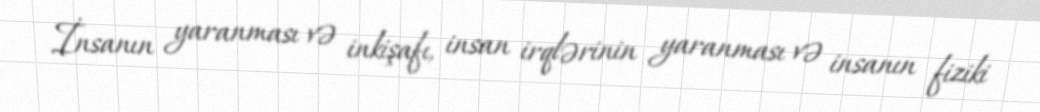
İnsanın yaranması və inkişafı, insan irqlərinin yaranması və insanın fiziki